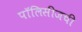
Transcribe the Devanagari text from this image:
पॉलिसीजची